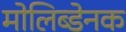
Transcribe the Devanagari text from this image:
मोलिब्डेनक